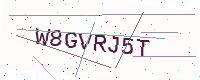
Text: W8GVRJ5T